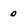
Character: 0